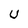
Character: U